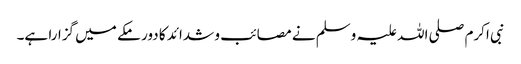
نبی اکرم صلی اللہ علیہ وسلم نے مصائب و شدائد کا دور مکے میں گزارا ہے۔